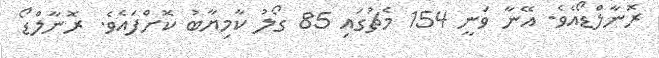
ރޮނާލްޑޯއެެވެ. އޭނާ ވަނީ 154 މެޗުގައި 85 ގޯލު ކާމިޔާބު ކޮށްފައެވެ. ރޮނާލްޑޯ